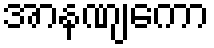
အာနဏျကော